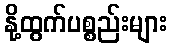
နို့ထွက်ပစ္စည်းများ